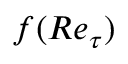
f ( R e _ { \tau } )